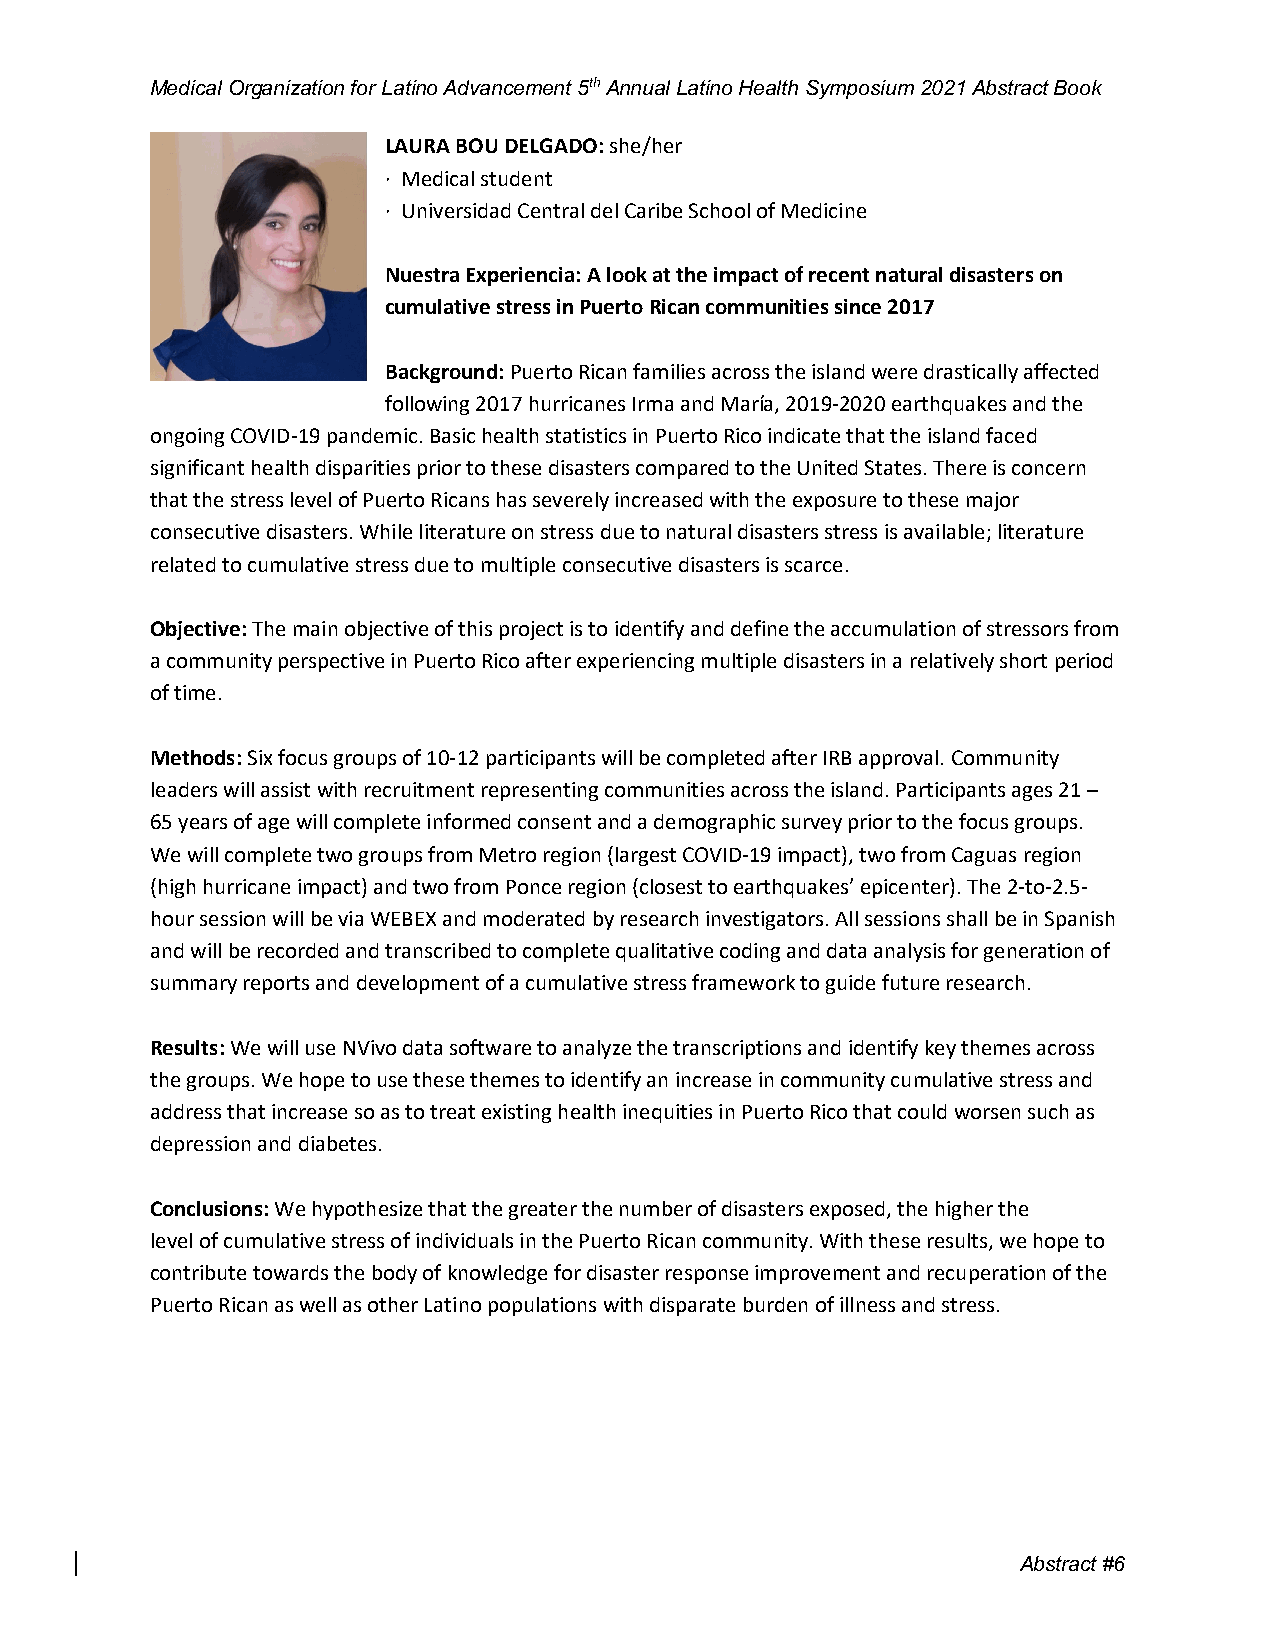
Medical Organization for Latino Advancement 5th Annual Latino Health Symposium 2021 Abstract Book
 LAURA BOU DELGADO: she/her
 · Medical student
 · Universidad Central del Caribe School of Medicine
 Nuestra Experiencia: A look at the impact of recent natural disasters on
 cumulative stress in Puerto Rican communities since 2017
 Background: Puerto Rican families across the island were drastically affected
 following 2017 hurricanes Irma and María, 2019-2020 earthquakes and the
 ongoing COVID-19 pandemic. Basic health statistics in Puerto Rico indicate that the island faced
 significant health disparities prior to these disasters compared to the United States. There is concern
 that the stress level of Puerto Ricans has severely increased with the exposure to these major
 consecutive disasters. While literature on stress due to natural disasters stress is available; literature
 related to cumulative stress due to multiple consecutive disasters is scarce.
 Objective: The main objective of this project is to identify and define the accumulation of stressors from
 a community perspective in Puerto Rico after experiencing multiple disasters in a relatively short period
 of time.
 Methods: Six focus groups of 10-12 participants will be completed after IRB approval. Community
 leaders will assist with recruitment representing communities across the island. Participants ages 21 –
 65 years of age will complete informed consent and a demographic survey prior to the focus groups.
 We will complete two groups from Metro region (largest COVID-19 impact), two from Caguas region
 (high hurricane impact) and two from Ponce region (closest to earthquakes’ epicenter). The 2-to-2.5-
 hour session will be via WEBEX and moderated by research investigators. All sessions shall be in Spanish
 and will be recorded and transcribed to complete qualitative coding and data analysis for generation of
 summary reports and development of a cumulative stress framework to guide future research.
 Results: We will use NVivo data software to analyze the transcriptions and identify key themes across
 the groups. We hope to use these themes to identify an increase in community cumulative stress and
 address that increase so as to treat existing health inequities in Puerto Rico that could worsen such as
 depression and diabetes.
 Conclusions: We hypothesize that the greater the number of disasters exposed, the higher the
 level of cumulative stress of individuals in the Puerto Rican community. With these results, we hope to
 contribute towards the body of knowledge for disaster response improvement and recuperation of the
 Puerto Rican as well as other Latino populations with disparate burden of illness and stress.
 Abstrac t #6